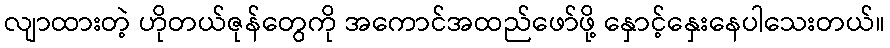
လျာထားတဲ့ ဟိုတယ်ဇုန်တွေကို အကောင်အထည်ဖော်ဖို့ နှောင့်နှေးနေပါသေးတယ်။